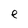
Character: e